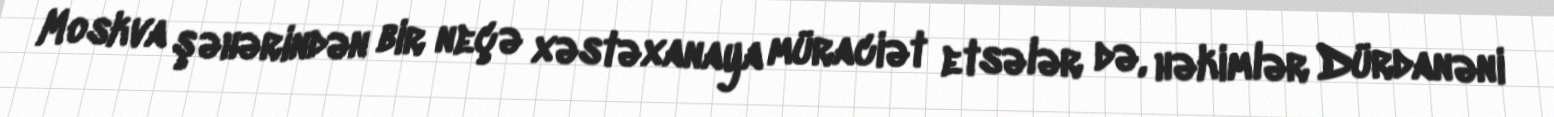
Moskva şəhərindən bir neçə xəstəxanaya müraciət etsələr də, həkimlər Dürdanəni